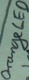
Text: Orange LED